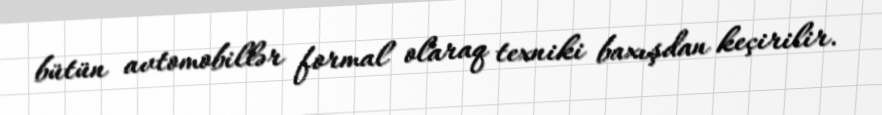
bütün avtomobillər formal olaraq texniki baxışdan keçirilir.